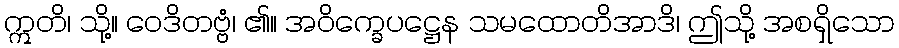
ဣတိ၊ သို့။ ဝေဒိတဗ္ဗံ၊ ၏။ အဝိက္ခေပဋ္ဌေန သမထောတိအာဒိ၊ ဤသို့ အစရှိသော